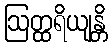
ဩတ္ထရိယျန္တိ